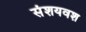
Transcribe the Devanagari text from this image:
संशयवश